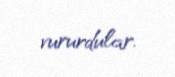
vururdular.